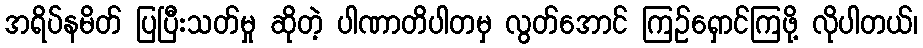
အရိပ်နမိတ် ပြပြီးသတ်မှု ဆိုတဲ့ ပါဏာတိပါတမှ လွတ်အောင် ကြဉ်ရှောင်ကြဖို့ လိုပါတယ်၊